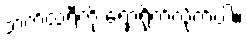
ဘက်ထရီကို ရှော့ရိုက်လိုက်ပါ။